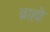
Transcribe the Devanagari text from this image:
ब्राह्मे